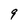
Character: 9